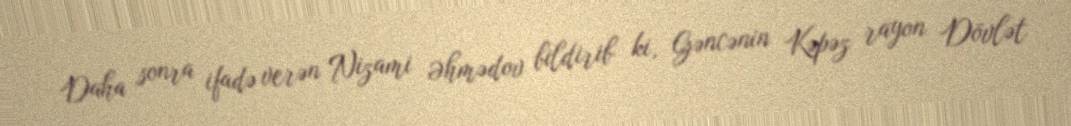
Daha sonra ifadə verən Nizami Əhmədov bildirib ki, Gəncənin Kəpəz rayon Dövlət